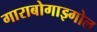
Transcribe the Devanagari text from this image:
गाराबोगाझ्गोल